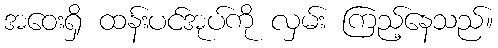
အဝေးရှိ ထန်းပင်အုပ်ကို လှမ်း ကြည့်နေသည်။